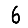
Digit: 6